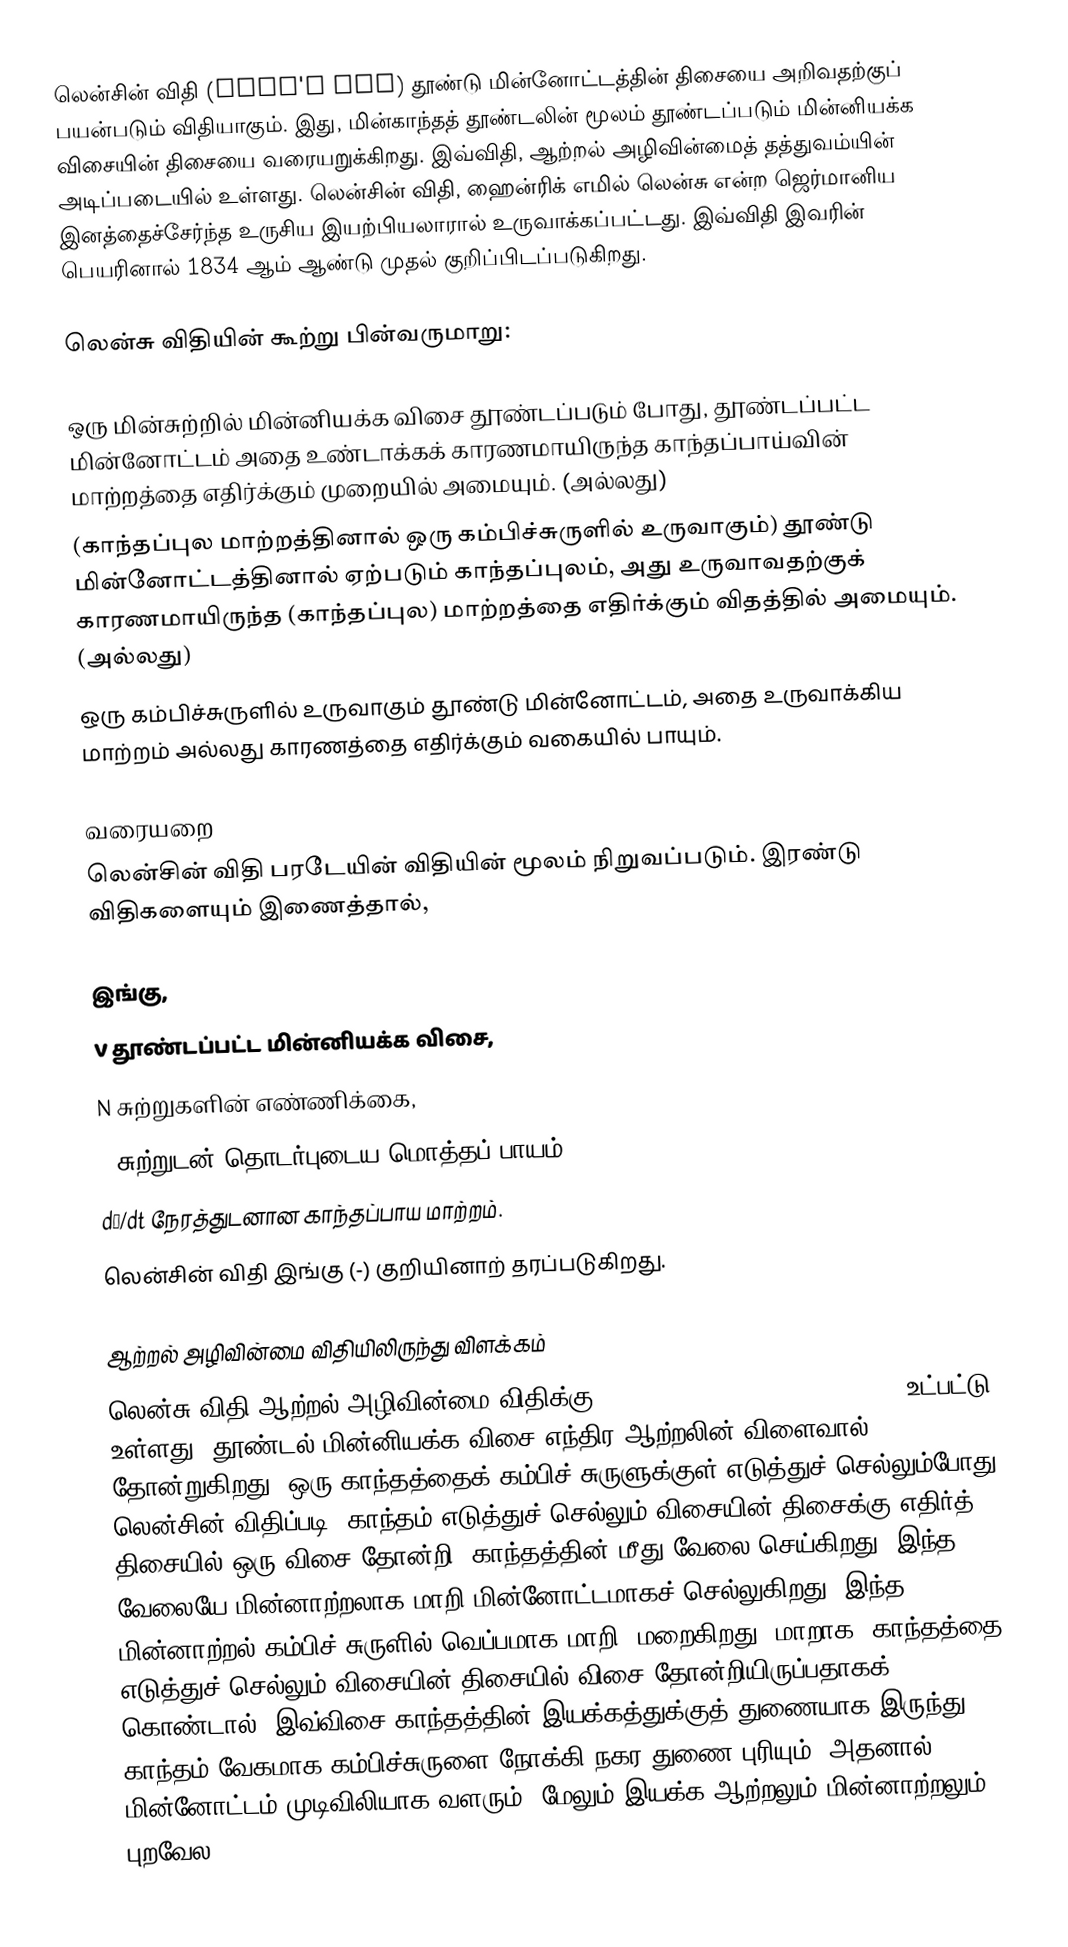
லென்சின் விதி (Lenz's law) தூண்டு மின்னோட்டத்தின் திசையை அறிவதற்குப் பயன்படும் விதியாகும். இது, மின்காந்தத் தூண்டலின் மூலம் தூண்டப்படும் மின்னியக்க விசையின் திசையை வரையறுக்கிறது. இவ்விதி, ஆற்றல் அழிவின்மைத் தத்துவம்யின் அடிப்படையில் உள்ளது. லென்சின் விதி, ஹைன்ரிக் எமில் லென்சு என்ற ஜெர்மானிய இனத்தைச்சேர்ந்த உருசிய இயற்பியலாரால் உருவாக்கப்பட்டது. இவ்விதி இவரின் பெயரினால் 1834 ஆம் ஆண்டு முதல் குறிப்பிடப்படுகிறது.

லென்சு விதியின் கூற்று பின்வருமாறு:

ஒரு மின்சுற்றில் மின்னியக்க விசை தூண்டப்படும் போது, தூண்டப்பட்ட மின்னோட்டம் அதை உண்டாக்கக் காரணமாயிருந்த காந்தப்பாய்வின் மாற்றத்தை எதிர்க்கும் முறையில் அமையும். (அல்லது)
 (காந்தப்புல மாற்றத்தினால் ஒரு கம்பிச்சுருளில் உருவாகும்) தூண்டு மின்னோட்டத்தினால் ஏற்படும் காந்தப்புலம், அது உருவாவதற்குக் காரணமாயிருந்த (காந்தப்புல) மாற்றத்தை எதிர்க்கும் விதத்தில் அமையும்.  (அல்லது)
 ஒரு கம்பிச்சுருளில் உருவாகும் தூண்டு மின்னோட்டம், அதை உருவாக்கிய மாற்றம் அல்லது காரணத்தை எதிர்க்கும் வகையில் பாயும்.

வரையறை
லென்சின் விதி பரடேயின் விதியின் மூலம் நிறுவப்படும். இரண்டு விதிகளையும் இணைத்தால்,

இங்கு,
V தூண்டப்பட்ட மின்னியக்க விசை,
N சுற்றுகளின் எண்ணிக்கை,
Φ சுற்றுடன் தொடர்புடைய மொத்தப் பாயம்
dΦ/dt நேரத்துடனான காந்தப்பாய மாற்றம்.
லென்சின் விதி இங்கு (-) குறியினாற் தரப்படுகிறது.

ஆற்றல் அழிவின்மை விதியிலிருந்து விளக்கம்
லென்சு விதி ஆற்றல் அழிவின்மை விதிக்கு (law of conservation of energy) உட்பட்டு உள்ளது. தூண்டல் மின்னியக்க விசை எந்திர ஆற்றலின் விளைவால் தோன்றுகிறது. ஒரு காந்தத்தைக் கம்பிச் சுருளுக்குள் எடுத்துச் செல்லும்போது லென்சின் விதிப்படி, காந்தம் எடுத்துச் செல்லும் விசையின் திசைக்கு எதிர்த் திசையில் ஒரு விசை தோன்றி, காந்தத்தின் மீது வேலை செய்கிறது. இந்த வேலையே மின்னாற்றலாக மாறி மின்னோட்டமாகச் செல்லுகிறது. இந்த மின்னாற்றல் கம்பிச் சுருளில் வெப்பமாக மாறி, மறைகிறது. மாறாக, காந்தத்தை எடுத்துச் செல்லும் விசையின் திசையில் விசை தோன்றியிருப்பதாகக் கொண்டால், இவ்விசை காந்தத்தின் இயக்கத்துக்குத் துணையாக இருந்து, காந்தம் வேகமாக கம்பிச்சுருளை நோக்கி நகர துணை புரியும். அதனால் மின்னோட்டம் முடிவிலியாக வளரும். மேலும் இயக்க ஆற்றலும் மின்னாற்றலும் புறவேல